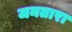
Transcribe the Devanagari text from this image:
जनतारा